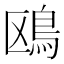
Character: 鴎